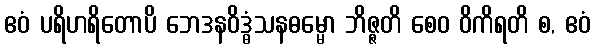
ဧဝံ ပရိဟရိတောပိ ဘေဒနဝိဒ္ဓံသနဓမ္မော ဘိဇ္ဇတိ စေဝ ဝိကိရတိ စ, ဧဝံ